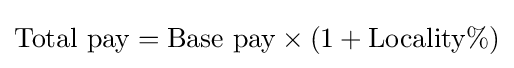
{\text{Total pay}}={\text{Base pay}}\times (1+{\text{Locality}}\%)